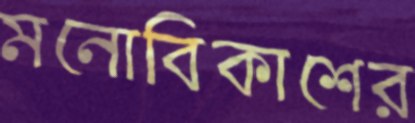
মনোবিকাশের